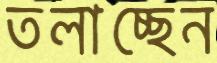
তলাচ্ছেন